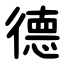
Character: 德